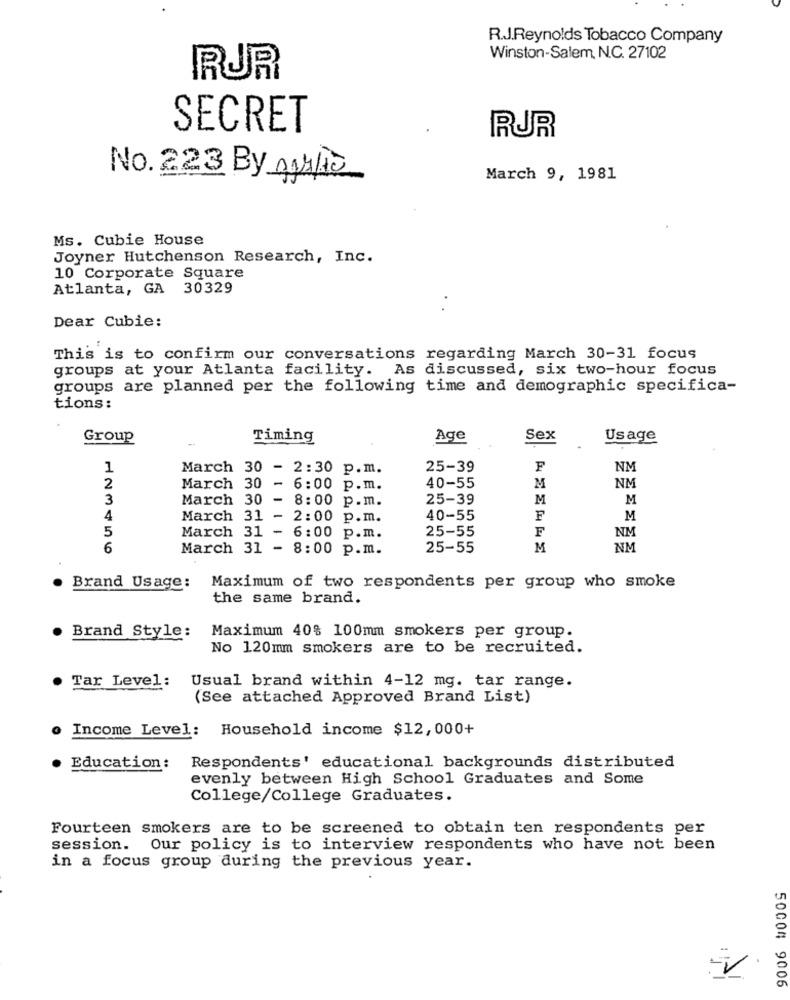
R.J.Reynolds Tobacco Company
Winston-Salem, N.C. 27102
RUR
SECRET
RUR
No. 223 By 04/10
March 9, 1981
Ms. Cubie House
Joyner Hutchenson Research, Inc.
10 Corporate Square
Atlanta, GA 30329
Dear Cubie:
This is to confirm our conversations regarding March 30-31 focus
groups at your Atlanta facility. As discussed, six two-hour focus
groups are planned per the following time and demographic specifica-
tions:
Group
Timing
Age
Sex
Usage
1
March 30 - 2:30 p.m.
25-39
F
NM
NM
2
March 30
- 6:00 p.m.
40-55
M
3
March 30
- 8:00 p.m.
25-39
M
M
4
March 31 -
2:00 p.m.
40-55
F
M
5
25-55
F
NM
March 31 - 6:00 p.m.
6
March 31 - 8:00 p.m.
25-55
M
NM
Brand Usage:
Maximum of two respondents per group who smoke
the same brand.
Brand Style:
Maximum 40% 100mm smokers per group.
No 120mm smokers are to be recruited.
Tar Level:
Usual brand within 4-12 mg. tar range.
(See attached Approved Brand List)
Income Level: Household income $12,000+
Education :
Respondents' educational backgrounds distributed
evenly between High School Graduates and Some
College/College Graduates.
Fourteen smokers are to be screened to obtain ten respondents per
session.
Our policy is to interview respondents who have not been
in a focus group during the previous year.
5000# 9006